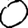
Digit: 0